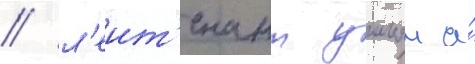
/ л'еит'енант уильям а́